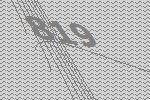
819